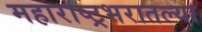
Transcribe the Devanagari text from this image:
महाराष्ट्रभरातल्या